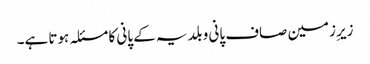
زیرِ زمین صاف پانی و بلدیہ کے پانی کا مسئلہ ہوتا ہے۔